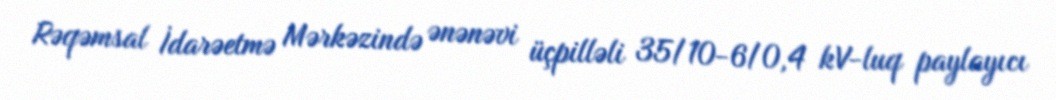
Rəqəmsal İdarəetmə Mərkəzində ənənəvi üçpilləli 35/10-6/0,4 kV-luq paylayıcı